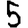
Digit: 5